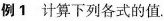
例1 计算下列各式的值.